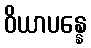
ဝိယာပန္နေ